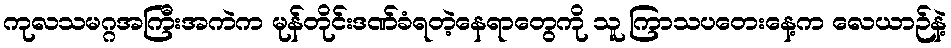
ကုလသမဂ္ဂအကြီးအကဲက မုန်တိုင်းဒဏ်ခံရတဲ့နေရာတွေကို သူ ကြာသပတေးနေ့က လေယာဉ်နဲ့